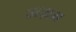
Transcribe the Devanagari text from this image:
नज़म